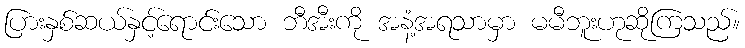
ပြားနှစ်ဆယ်နှင့်ရောင်းသော ဘီအီးကို အနံ့အရသာမှာ မမီဘူးဟုဆိုကြသည်။